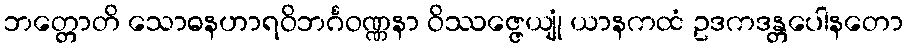
ဘတ္တောတိ သောဓနဟာရဝိဘင်္ဂဝဏ္ဏနာ ဝိဿဇ္ဇေယျုံ ယာနကထံ ဥဒကဒန္တပေါနတော